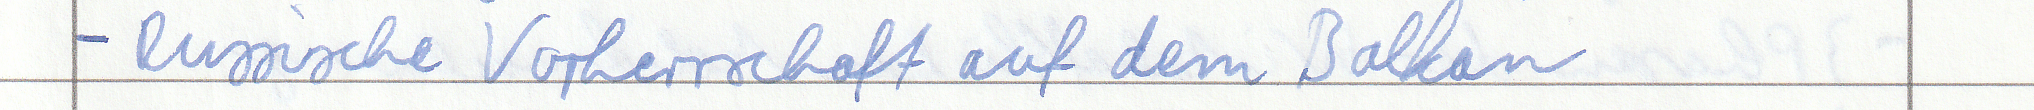
- Russische Vorherrschaft auf dem Balkan